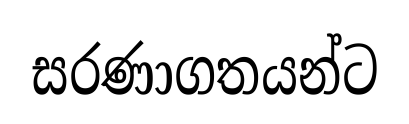
සරණාගතයන්ට